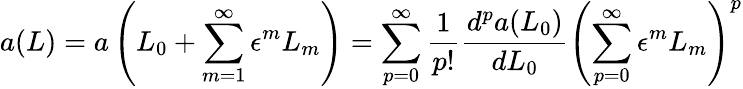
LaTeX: a(L)=a\left(L_{0}+\sum_{m=1}^{\infty}\epsilon^{m}L_{m}\right)=\sum_{p=0}^{\infty}\frac{1}{p!}\frac{d^{p}a(L_{0})}{dL_{0}}\left(\sum_{p=0}^{\infty}\epsilon^{m}L_{m}\right)^{p}